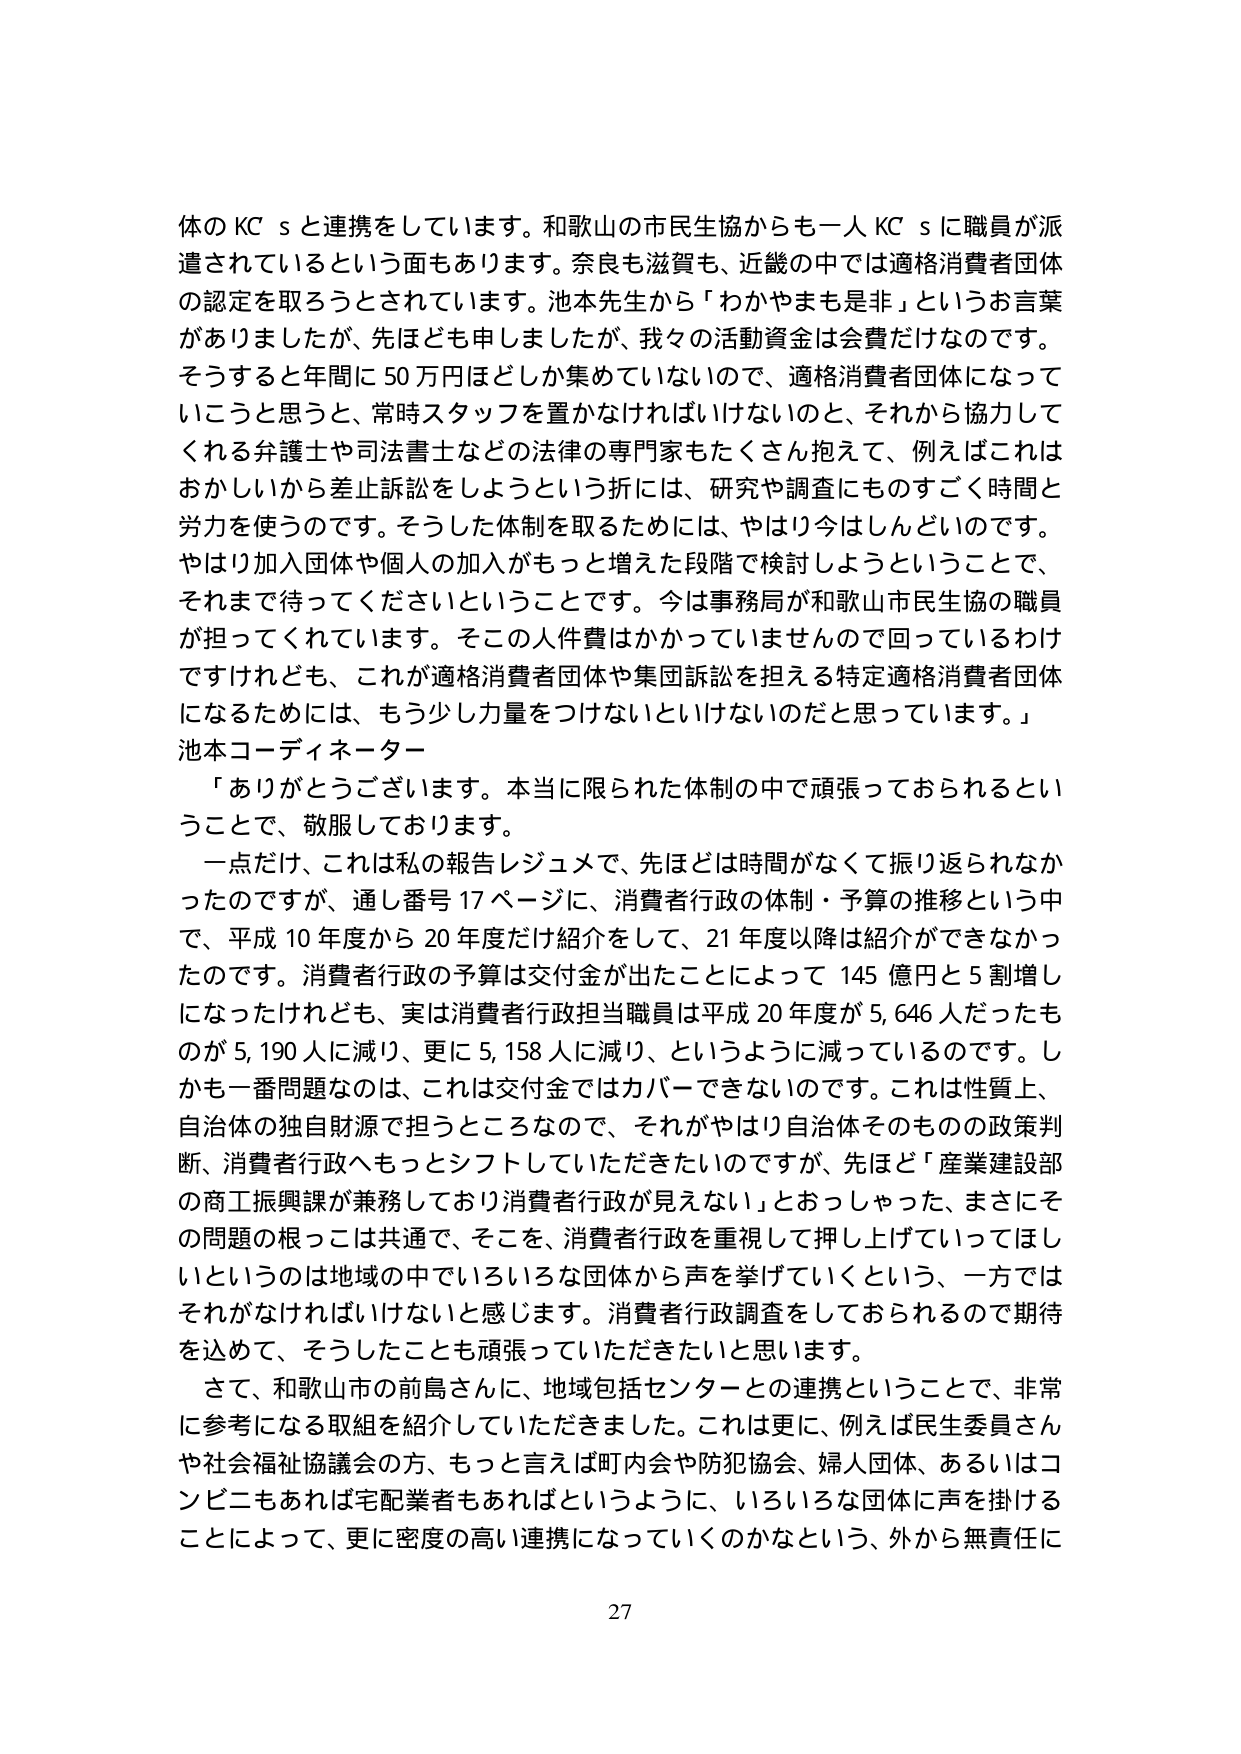
体のKCｓと連携をしています。和歌山の市民主協からも一人KCｓに職員が派遣されているという面もあります。奈良も滋賀も、近畿の中では適格消費者団体の認定を取ろうとされています。池本先生から「わかやまも是非」というお言葉がありましたが、先ほども申しましたが、我々の活動資金は会費だけなのです。そうすると年間に50万円ほどしか集めていないので、適格消費者団体になっていこうと思うと、常時スタッフを置かなければならないのと、それから協力してくれる弁護士や司法書士などの法律の専門家もたくさん抱えて、例えばこれはおかしいから差止訴訟をしようという折には、研究や調査にものすごく時間と労力を使うのです。そうした体制を取るためには、やはり今はしんどいのです。やはり加入団体や個人の加入がもっと増えた段階で検討しようということで、それまで待ってくださいということです。今は事務局が和歌山市民主協の職員が担ってくれています。そこの人件費はかかっていませんので回っているわけですが、これが適格消費者団体や集団訴訟を担える特定適格消費者団体になるためには、もう少し力量をつけないといけないのだと思っています。」

池本コーディネーター

「ありがとうございます。本当に限られた体制の中で頑張っておられるということで、敬服しております。

一点だけ、これは私の報告レジュメで、先ほどは時間がなくて振り返られなかったのですが、通し番号17ページに、消費者行政の体制・予算の推移という中で、平成10年度から20年度だけ紹介をして、21年度以降は紹介ができなかったのです。消費者行政の予算は交付金が出たことによって145億円と5割増しになったけれども、実は消費者行政担当職員は平成20年度が5,646人だったものが5,190人に減り、更に5,158人に減り、というように減っているのです。しかも一番問題なのは、これは交付金ではカバーできないのです。これは性質上、自治体の独自財源で担うところなので、それがやはり自治体そのものの政策判断、消費者行政へもっとシフトしていただきたいのですが、先ほど「産業建設部の商工振興課が兼務しており消費者行政が見えない」とおっしゃった、まさにその問題の根っこは共通で、そこを、消費者行政を重視して押し上げていってほしいというのは地域の中でいろいろな団体から声を挙げていくという、一方ではそれがなければいけないと感じます。消費者行政調査をしておられるので期待を込めて、そうしたことも頑張っていただきたいと思います。

さて、和歌山市の前島さんに、地域包括センターとの連携ということで、非常に参考になる取組を紹介していただきました。これは更に、例えば民生委員さんや社会福祉協議会の方、もっと言えば町内会や防犯協会、婦人団体、あるいはコンビニもあれば宅配業者もあればというように、いろいろな団体に声を掛けることによって、更に密度の高い連携になっていくのかなという、外から無責任に

27